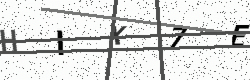
Text: HIX7E